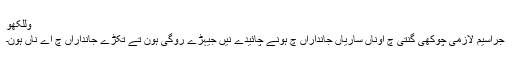
وللکھو
جراسیم لازمی چوکھی گنتی چ اوناں ساریاں جانداراں چ ہونے چائیدے نیں جیہڑے روگی ہون تے تکڑے جانداراں چ اے ناں ہون۔